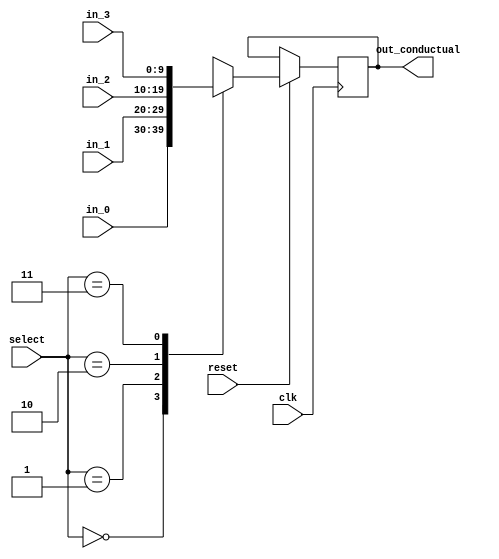

/* ------------------------------------------  
Multiplexor que recibe 4 entradas y tiene salida de 10 bits, 
para ser utilizados en el roundRobin del proyecto 2
------------------------------------------ */

module mux4x1 (
        input clk,
        input reset,
        input [1:0] select,

	    input [9:0] in_0,
	    input [9:0] in_1,
	    input [9:0] in_2,
	    input [9:0] in_3,

        output reg [9:0] out_conductual);
            
always@(posedge clk) begin
           
    if (reset == 1)begin //Si el reset es 1 el flop puede tomar el valor de alguna de las dos entradas
        case(select)  
            2'b00    : out_conductual <= in_0;       // If sel=0, output can be a  
            2'b01    : out_conductual <= in_1;       // If sel=1, output is b  
            2'b10    : out_conductual <= in_2;       // If sel=2, output is c  
            2'b11    : out_conductual <= in_3;       // If sel=3, output is c  
            default  : out_conductual <= in_0;       // If sel is something, out is commonly zero  
        endcase  

    end
end
endmodule